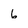
Character: 6